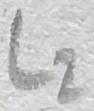
Text: L2